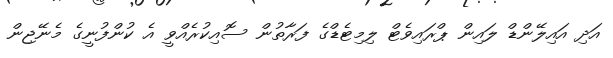
އަދި އައިލޭންޑް ލައިން ޕްރައިވެޓް ލިމިޓެޑްގެ ފަރާތުން ސޮއިކުރެއްވީ އެ ކުންފުނީގެ މެނޭޖިން